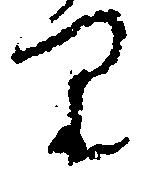
り